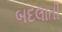
બદલાતી